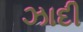
ઝાદી